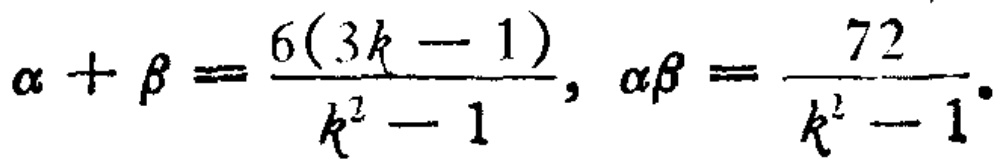
\(\alpha + \beta = \frac{6(3k - 1)}{k^{2}-1}, \alpha\beta = \frac{72}{k^{2}-1}\)